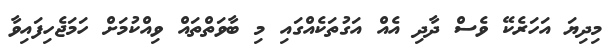
މިދިޔަ އަހަރެކޭ ވެސް ދާދި އެއް އަގުތަކެއްގައި މި ބާވަތްތައް ވިއްކުމަށް ހަމަޖެހިފައިވާ